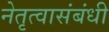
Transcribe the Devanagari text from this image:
नेतृत्वासंबंधी